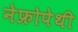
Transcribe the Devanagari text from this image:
नेफ्रोपेथी